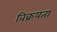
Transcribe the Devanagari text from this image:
विक्रयता